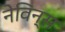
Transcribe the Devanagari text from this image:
नेविन्स